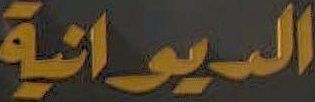
الديوانية